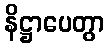
နိဋ္ဌာပေတွာ